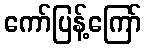
ကော်ပြန့်ကြော်